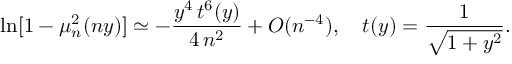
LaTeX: \ln [ 1 - \mu _ { n } ^ { 2 } ( n y ) ] \simeq - \frac { y ^ { 4 } \, t ^ { 6 } ( y ) } { 4 \, n ^ { 2 } } + { \cal O } ( n ^ { - 4 } ) , \quad t ( y ) = \frac { 1 } { \sqrt { 1 + y ^ { 2 } } } .